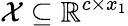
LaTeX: \mathcal{X}\subseteq\mathbb{R}^{c\times x_{1}}